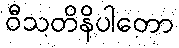
ဝီသတိနိပါတော